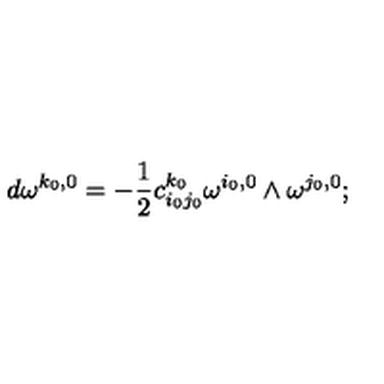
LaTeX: d \omega ^ { k _ { 0 } , 0 } = - \frac { 1 } { 2 } c _ { i _ { 0 } j _ { 0 } } ^ { k _ { 0 } } \omega ^ { i _ { 0 } , 0 } \wedge \omega ^ { j _ { 0 } , 0 } ;